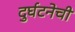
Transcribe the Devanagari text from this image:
दुर्घटनेची